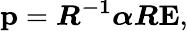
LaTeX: \mathbf{p}=\boldsymbol{R^{-1}\alpha R}\mathbf{E},